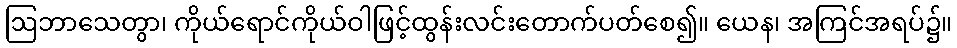
ဩဘာသေတွာ၊ ကိုယ်ရောင်ကိုယ်ဝါဖြင့်ထွန်းလင်းတောက်ပတ်စေ၍။ ယေန၊ အကြင်အရပ်၌။